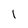
Character: l